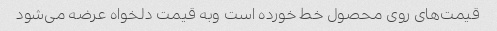
قیمت‌های روی محصول خط خورده است وبه قیمت دلخواه عرضه می‌شود